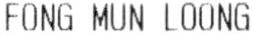
FONG MUN LOONG